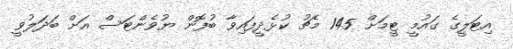
އިޓަލީގެ ގައުމީ ޓީމަށް 145 މެޗު ކުޅެދީފައިވާ ބުފޮން ޔުވެންޓަސް އަށް ބަދަލުވީ